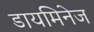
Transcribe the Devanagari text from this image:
डायमिनेज